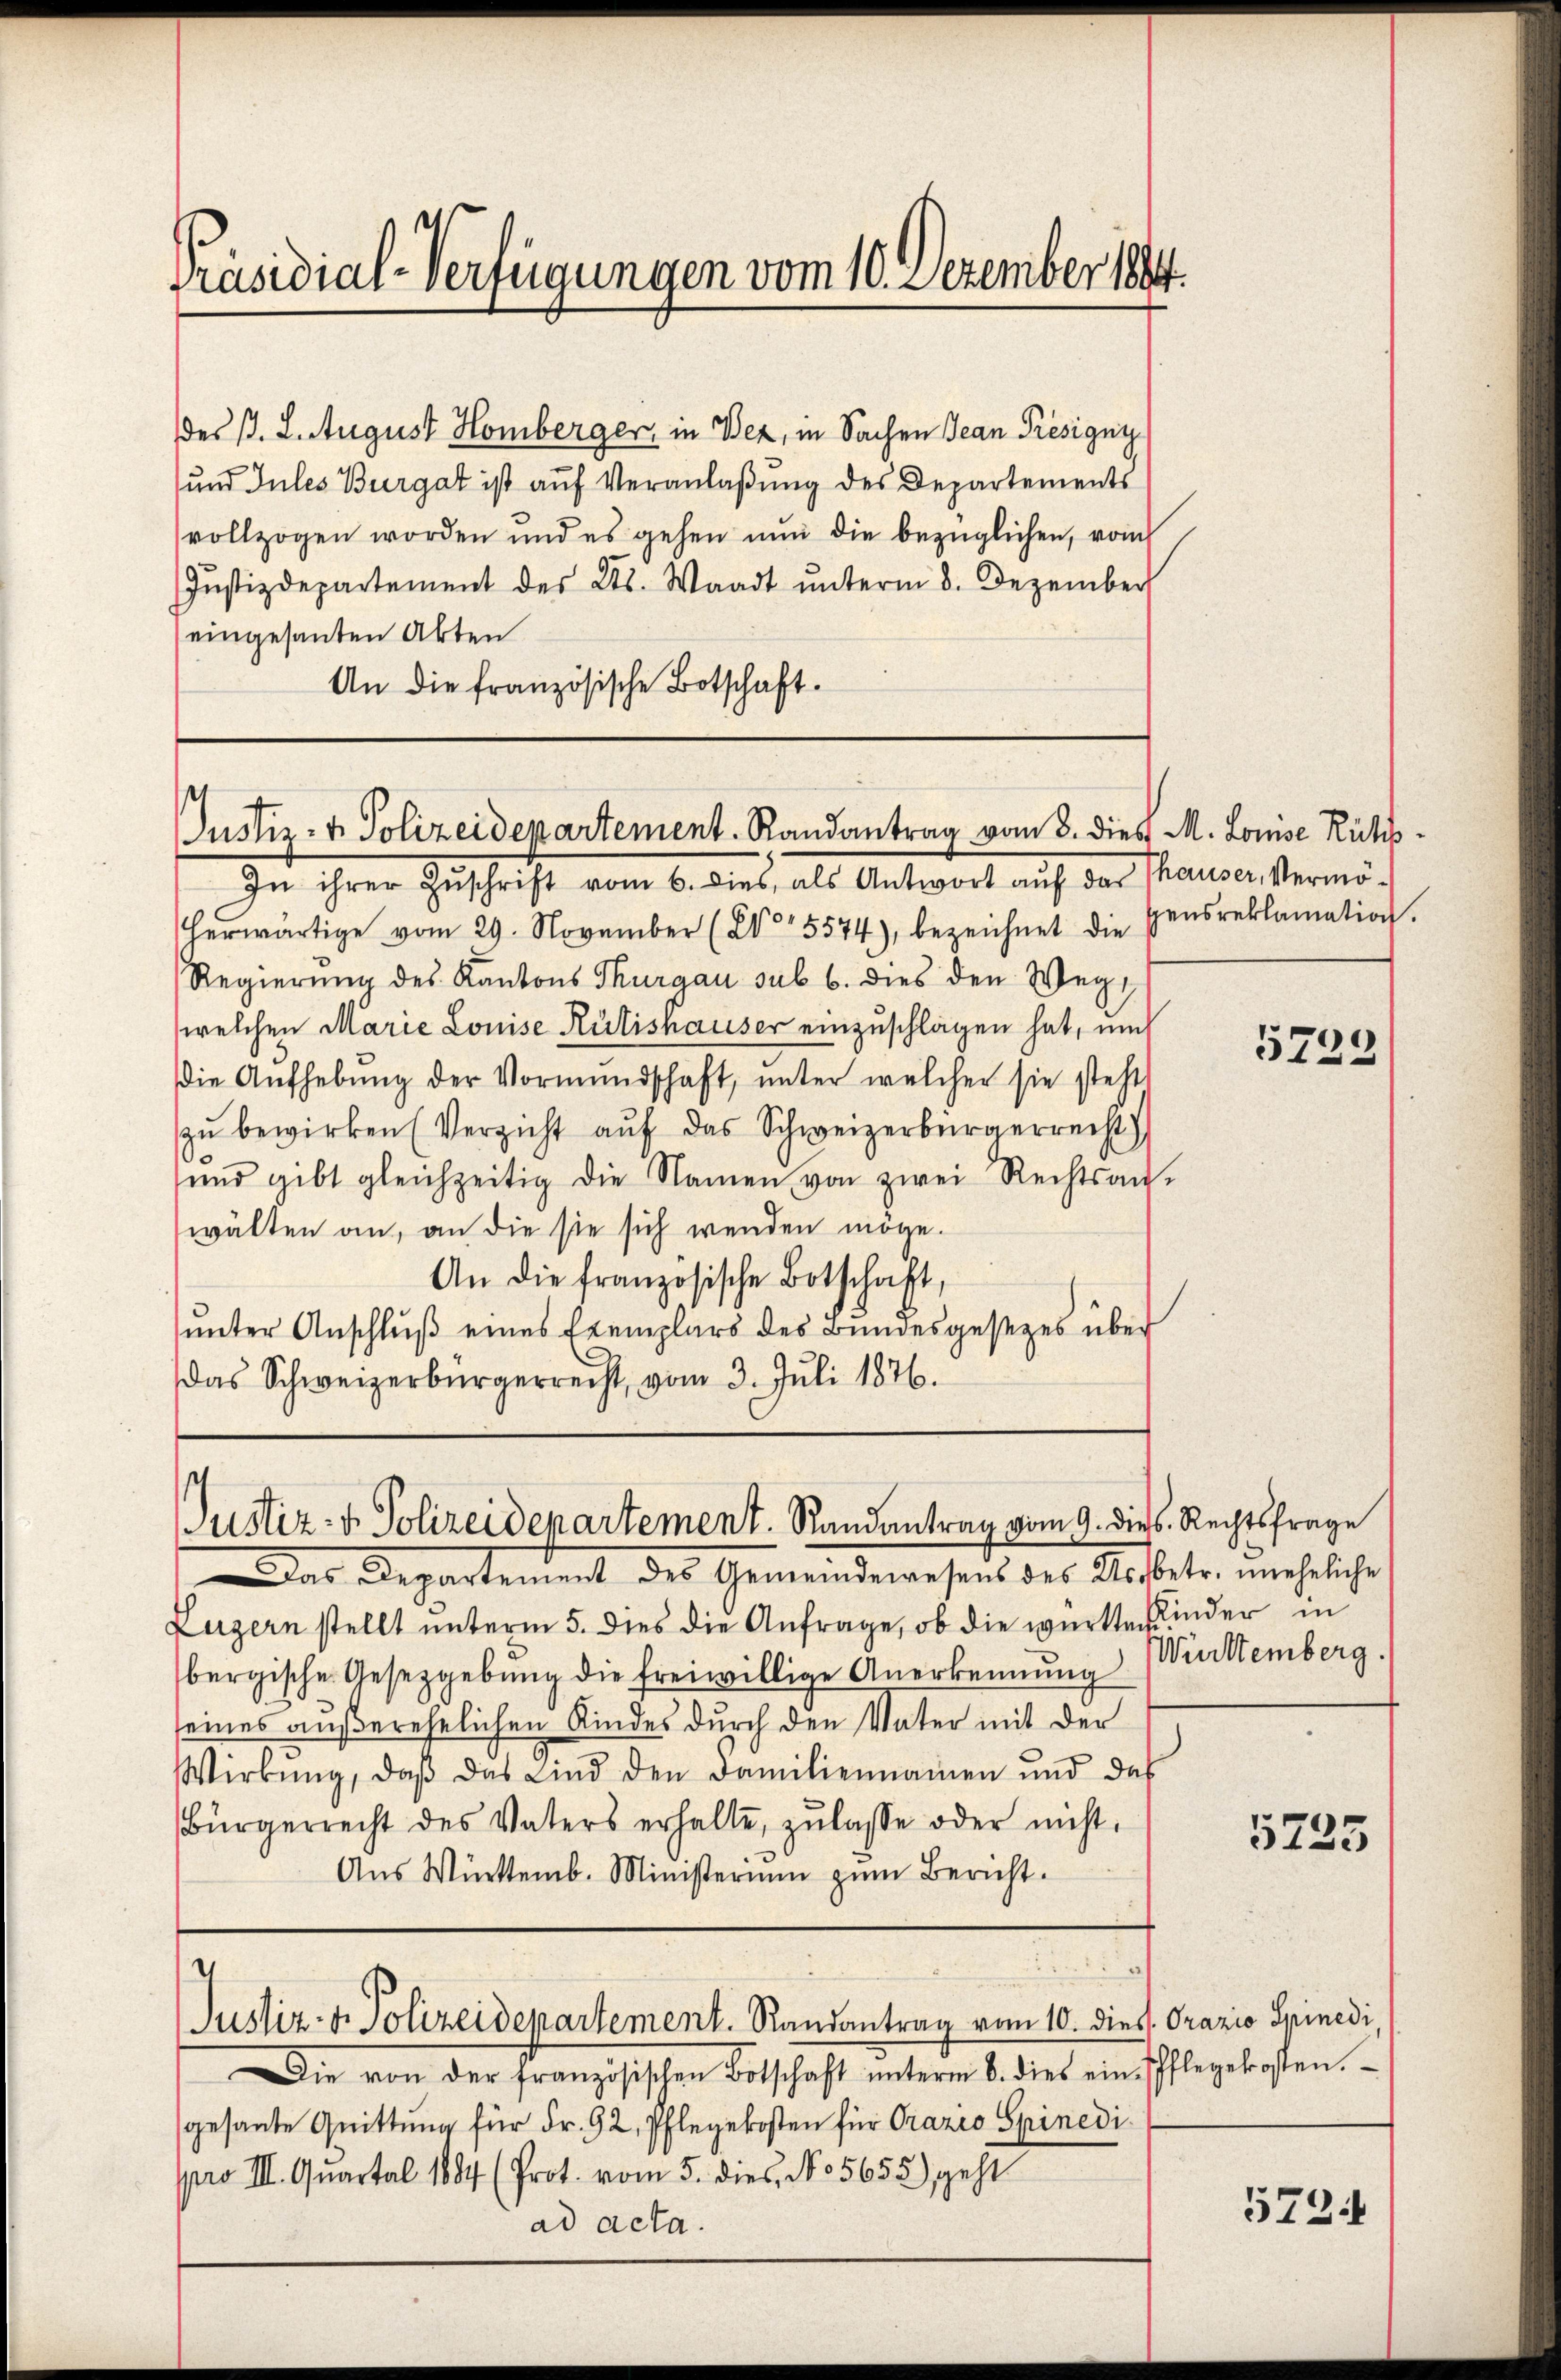
Präsidial-Verfügungen vom 10. Dezember 1894.

des B. L. August Homberger, in Wez, in Sachen Jean Présigni
und Jules Burgat ist auf Veranlaßung des Departements
vollzogen worden und es gehen nun die bezüglichen, vom
Justizdepartement des Kts. Waadt ŭnterm 8. Dezember
eingesanten Akten
An die französische Botschaft.

Justiz- & Polizeidepartement. Randantrag vom 8. dies M. Louise Rücks¬

In ihrer Zŭschrift vom 6. dies, als Antwort auf das Thauser, Vermöherwärtige vom 29. November (205574), bezeichnet die Gensreklamation.
Regierung des Kantons Thurgau sub 6. dies den Wegwelchen Marie Louise Rütishauser einzuschlagen hat, un
die Aŭfhebŭng der Vormundschaft, ŭnter welcher sie stehts
zŭ bewirken (Verzicht aŭf das Schweizerbürgerrecht
ŭnd gibt gleichzeitig die Namen von zwei Rechtsan-
wälten an, an die sie sich wenden möge.
An die französische Botschaft,
ŭnter Anschlŭβ eines Exemplars des Bundesgesezes über
Das Schweizerbürgerrecht, vom 3. Juli 1876.

Justiz- & Polizeidepartement. Randantrag vom 9. dies

Das Departement des Gemeindewesens des Weibe
Luzern stellt ŭnterm 5. dies die Anfrage, ob die württem
11
bergische Gesetzgebung die freiwillige Anerkennung
seines außerehelichen Kindes durch den Vater mit der
Wirkung, daβ das Kind den Familiennamen und das
Bürgerrecht des Vaters erhalte, zŭlasse oder nicht.
Aŭs Württemb. Ministerium zŭm Bericht.
1
Justiz- & Polizeidepartement. Randantrag vom 10. diess. Orazio Spinedi,
Die von der Französischen Botschaft unterm 8. dies einisch
gesante Quittung für Fr. 92, Pflegekosten für Grazio Spinedi
pro III. Quartal 1884 (Prot. vom 5. dies, No 5655) geht
ad acta.

5728

Rechtsfrage
tr. uneheliche
inder in
nittemberg.

5725

flegekosten.

5734